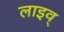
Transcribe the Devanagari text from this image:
लाइव्